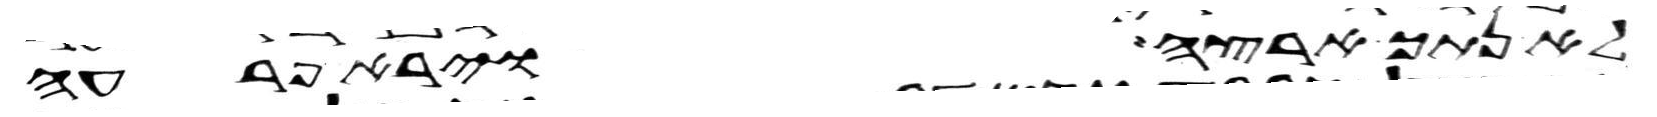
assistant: לא נתך ארצה וירא פרעה